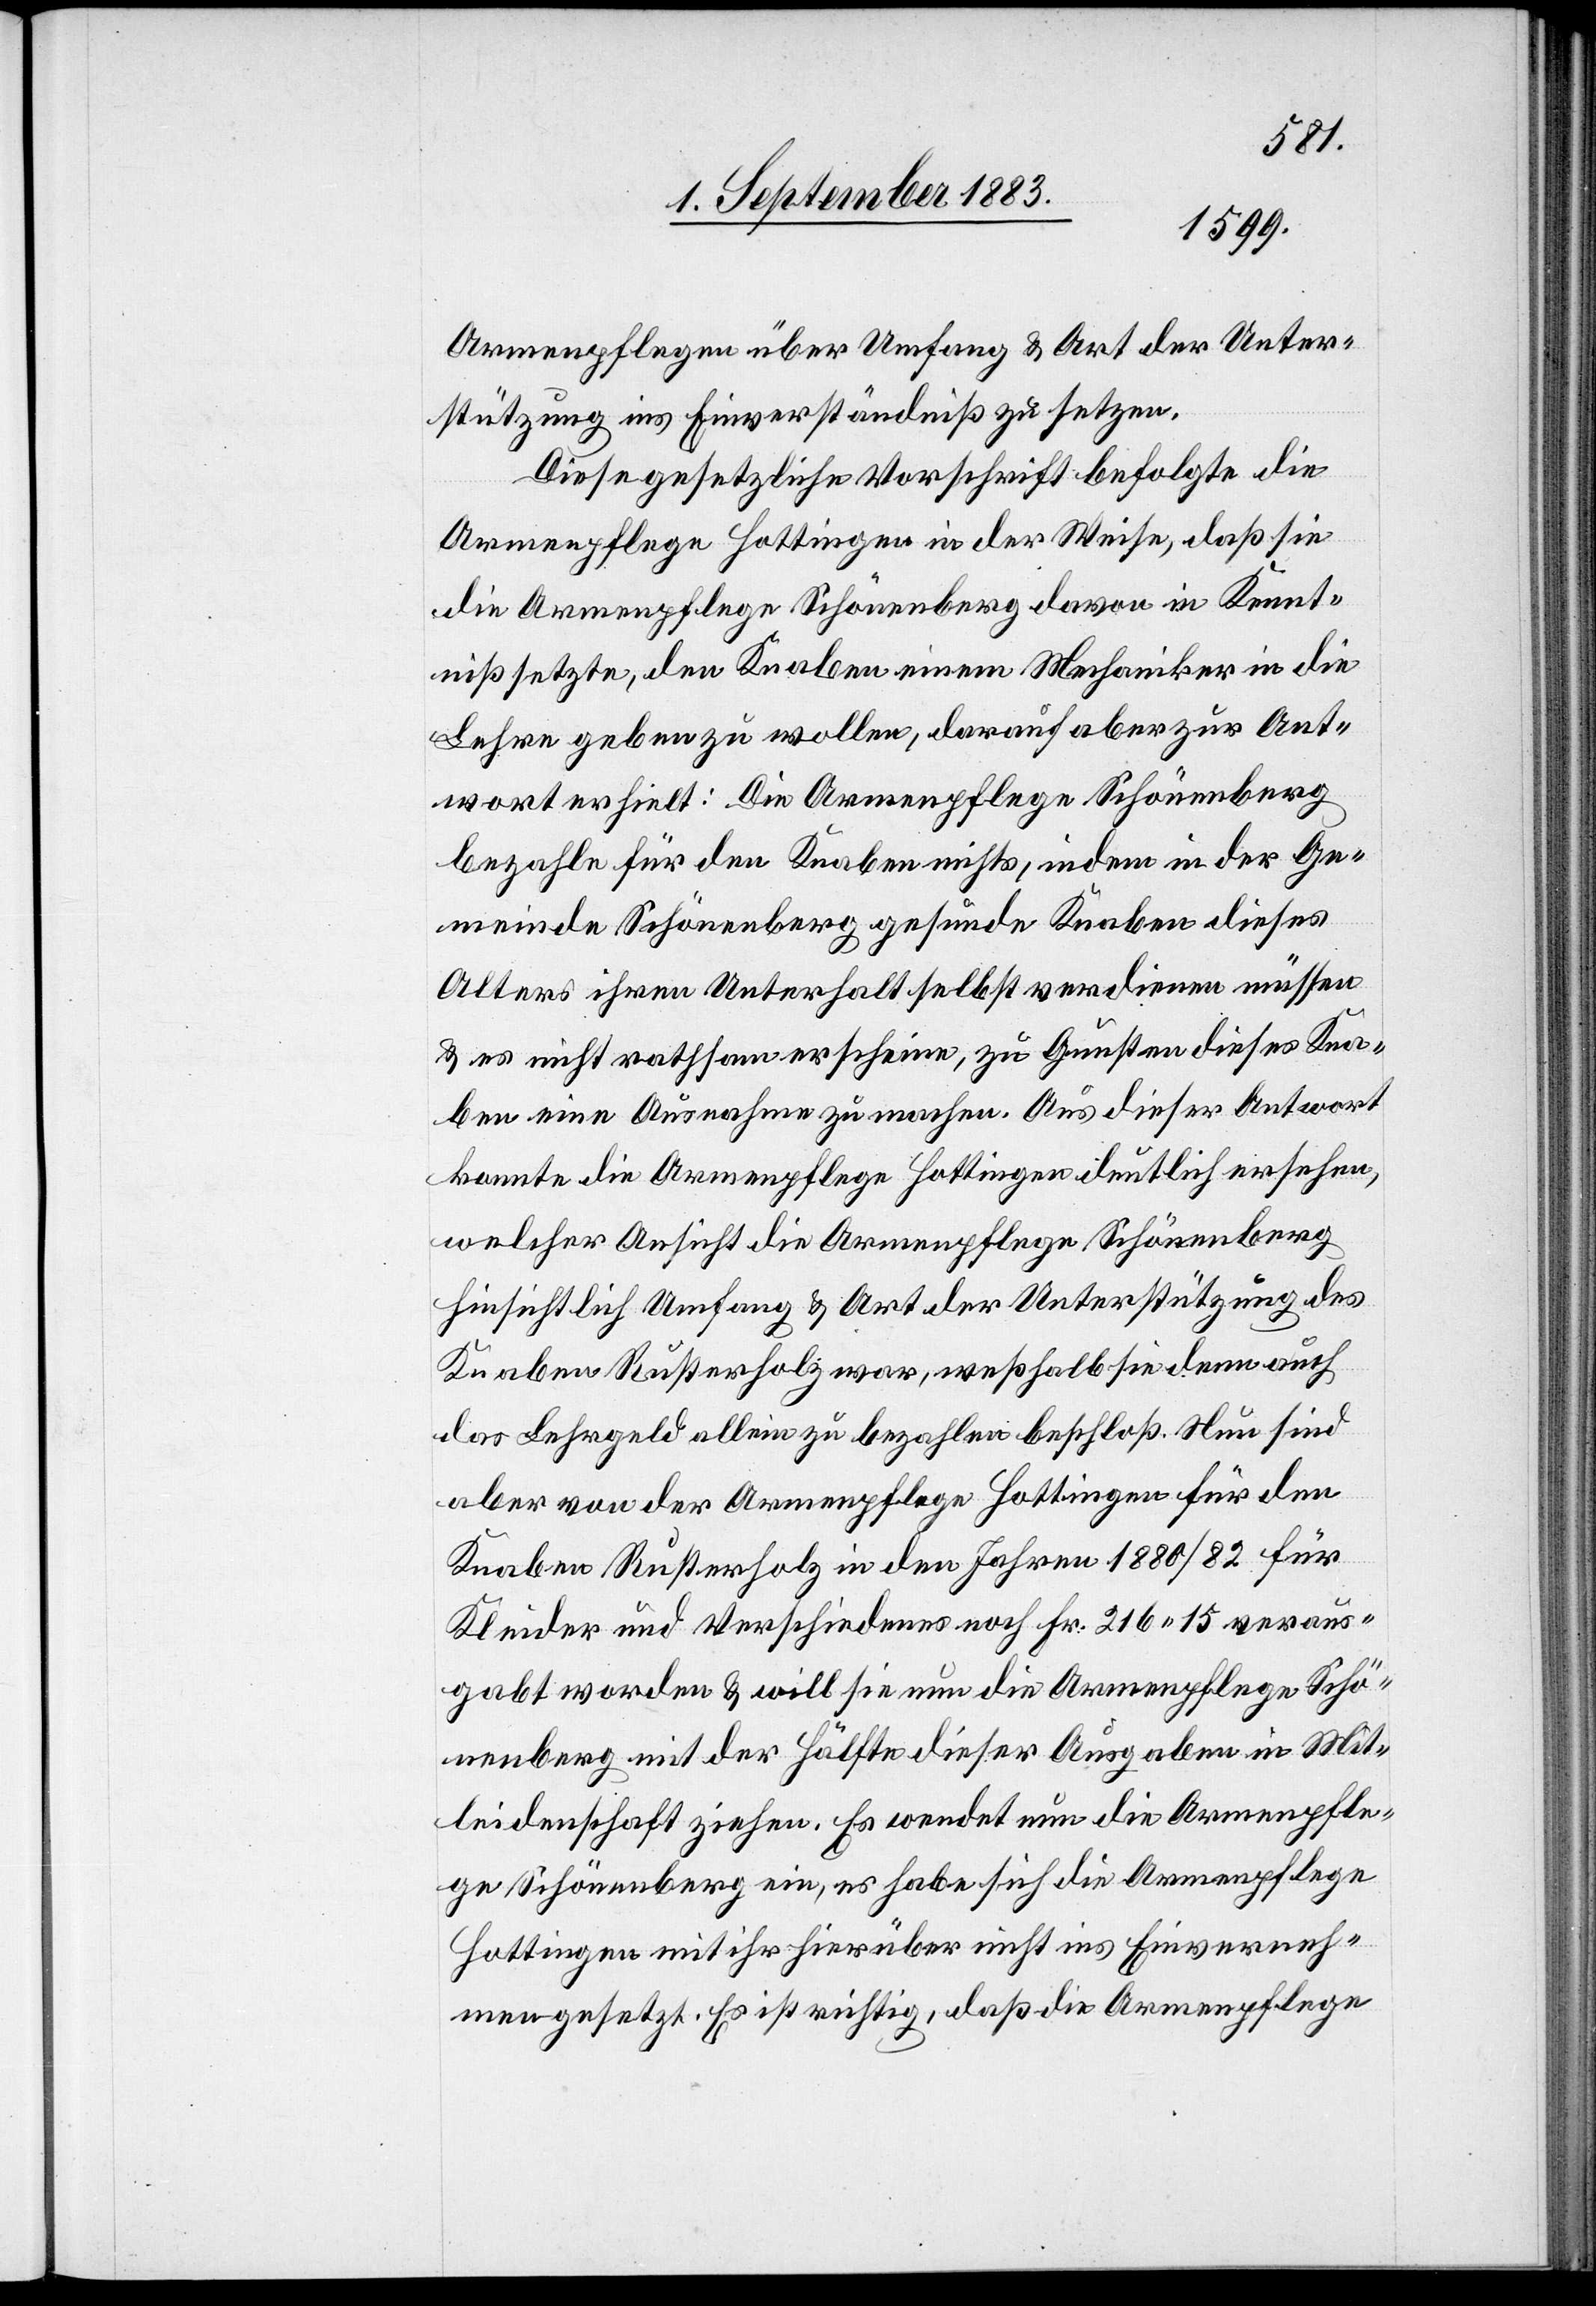
Armenpflege über Umfang & Art der Unter¬
stützung ins Einverständniß zu setzen.
Diese gesetzliche Vorschrift befolgte die
Armenpflege Hottingen in der Weise, daß sie
die Armenpflege Schönenberg davon in Kennt¬
niß setzte, den Knaben einem Mechaniker in die
Lehre geben zu wollen, darauf aber zur Ant¬
wort erhielt: Die Armenpflege Schönenberg
bezahle für den Knaben nichts, indem in der Ge¬
meinde Schönenberg gesunde Knaben dieses
Alters ihren Unterhalt selbst verdienen müssen
& es nicht rathsam erscheine, zu Gunsten dieses Kna¬
ben eine Ausnahme zu machen. Aus dieser Antwort
konnte die Armenpflege Hottingen deutlich ersehen,
welcher Ansicht die Armenpflege Schönenberg
hinsichtlich Umfang & Art der Unterstützung des
Knaben Rusterholz war, weßhalb sie denn auch
das Lehrgeld allein zu bezahlen beschloß. Nun sind
aber von der Armenpflege Hottingen für den
Knaben Rusterholz in den Jahren 1880/82 für
Kleider und Verschiedenes noch Fr. 216 15 veraus¬
gabt worden & will sie nun die Armenpflege Schö¬
nenberg mit der Hälfte dieser Ausgaben in Mit¬
leidenschaft ziehen. Es wendet nun die Armenpfle¬
ge Schönenberg ein, es habe sich die Armenpflege
Hottingen mit ihr hierüber nicht ins Einverst¬
ändniß gesetzt. Es ist richtig, daß die Armenpflege